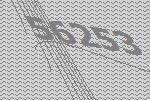
56253